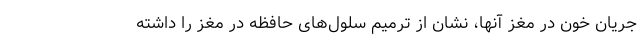
جریان خون در مغز آنها، نشان از ترمیم سلول‌های حافظه در مغز را داشته